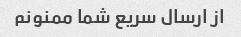
از ارسال سریع شما ممنونم